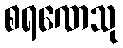
စရဏေသု